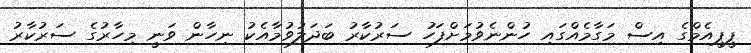
ޕީޕީއެމްގެ އިސް މަގާމެއްގައި ހުންނެވުމަށްފަހު ސަރުކާރު ބަދަލުވުމާއެކު ނިހާން ވަނީ މިހާރުގެ ސަރުކާރު